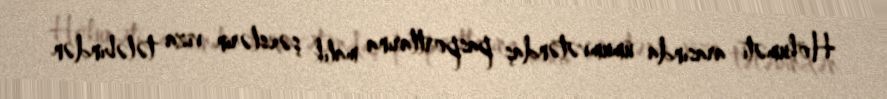
Hökuməti arasında ümumvətəndaş pasportlarına malik şəxslərin viza tələbindən